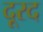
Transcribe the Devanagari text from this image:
दूरद